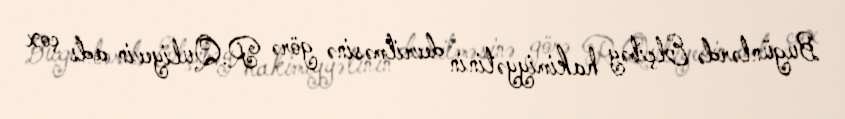
Bugünlərdə Elçibəy hakimiyyətinin devrilməsinə görə R.Quliyevin adı çox